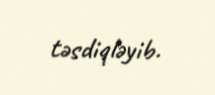
təsdiqləyib.